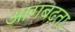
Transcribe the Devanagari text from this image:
आगबढ़ता